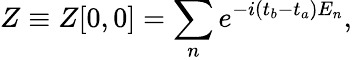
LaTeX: Z\equiv Z[0,0]=\sum_{n}e^{-i(t_{b}-t_{a})E_{n}},